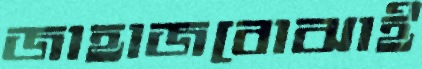
জাহাজবোঝাই